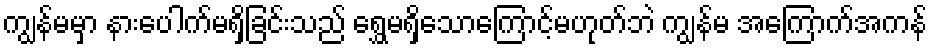
ကျွန်မမှာ နားပေါက်မရှိခြင်းသည် ရွှေမရှိသောကြောင့်မဟုတ်ဘဲ ကျွန်မ အကြောက်အကန်